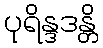
ပုရိန္ဒဒန္တိ